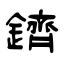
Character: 鑇